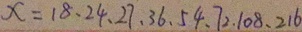
x = 1 8 、 2 4 、 2 7 、 3 6 、 5 4 、 7 2 、 1 0 8 、 2 1 6